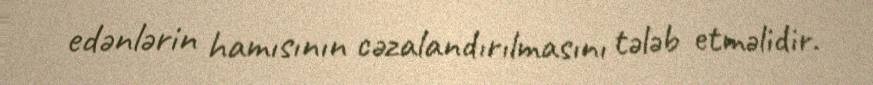
edənlərin hamısının cəzalandırılmasını tələb etməlidir.